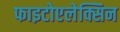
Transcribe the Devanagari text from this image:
फाइटोएलेक्सिन